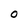
Character: O